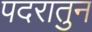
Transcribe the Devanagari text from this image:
पदरातुन